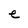
Character: e